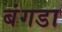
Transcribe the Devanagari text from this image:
बंगडा